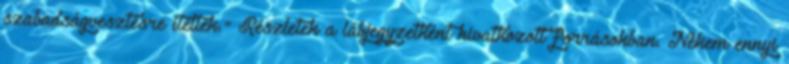
szabadságvesztésre ítélték." Részletek a lábjegyzetként hivatkozott forrásokban. Nekem ennyi